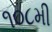
૧૦૮મી